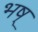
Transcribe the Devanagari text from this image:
भष्